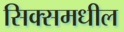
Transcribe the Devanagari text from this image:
सिक्समधील